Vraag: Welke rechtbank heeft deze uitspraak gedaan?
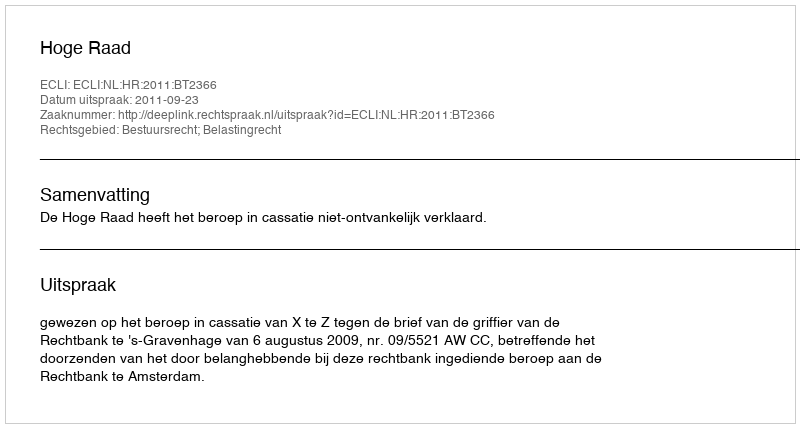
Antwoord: Hoge Raad